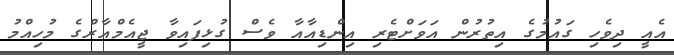
އެއީ ދިވެހި ގައުމުގެ އިތުރުން އަވަށްޓެރި އިންޑިއާއާ ވެސް ގުޅިފައިވާ ޖީއެމްއާރްގެ މުހިއްމު